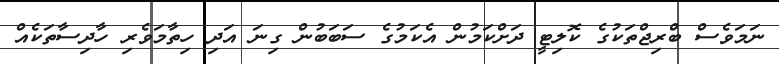
ނަމަވެސް ބްރިޖްތަކުގެ ކޮލިޓީ ދަށްކަމުން އެކަމުގެ ސަބަބުން ގިނަ އަދި ހިތާމަވެރި ހާދިސާތަކެއް